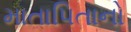
માતાપિતાનો